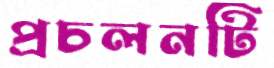
প্রচলনটি